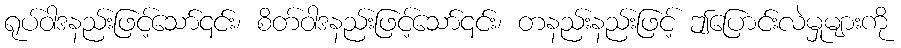
ရုပ်ဝါဒနည်းဖြင့်သော်၎င်း၊ စိတ်ဝါဒနည်းဖြင့်သော်၎င်း၊ တနည်းနည်းဖြင့် ဤပြောင်းလဲမှုများကို